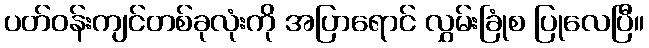
ပတ်ဝန်းကျင်တစ်ခုလုံးကို အပြာရောင် လွှမ်းခြုံစ ပြုလေပြီ။